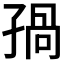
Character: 𡥾